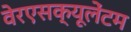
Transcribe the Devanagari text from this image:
वेरएसक्यूलेंटम